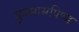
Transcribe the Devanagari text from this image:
कुम्मासपिण्ड